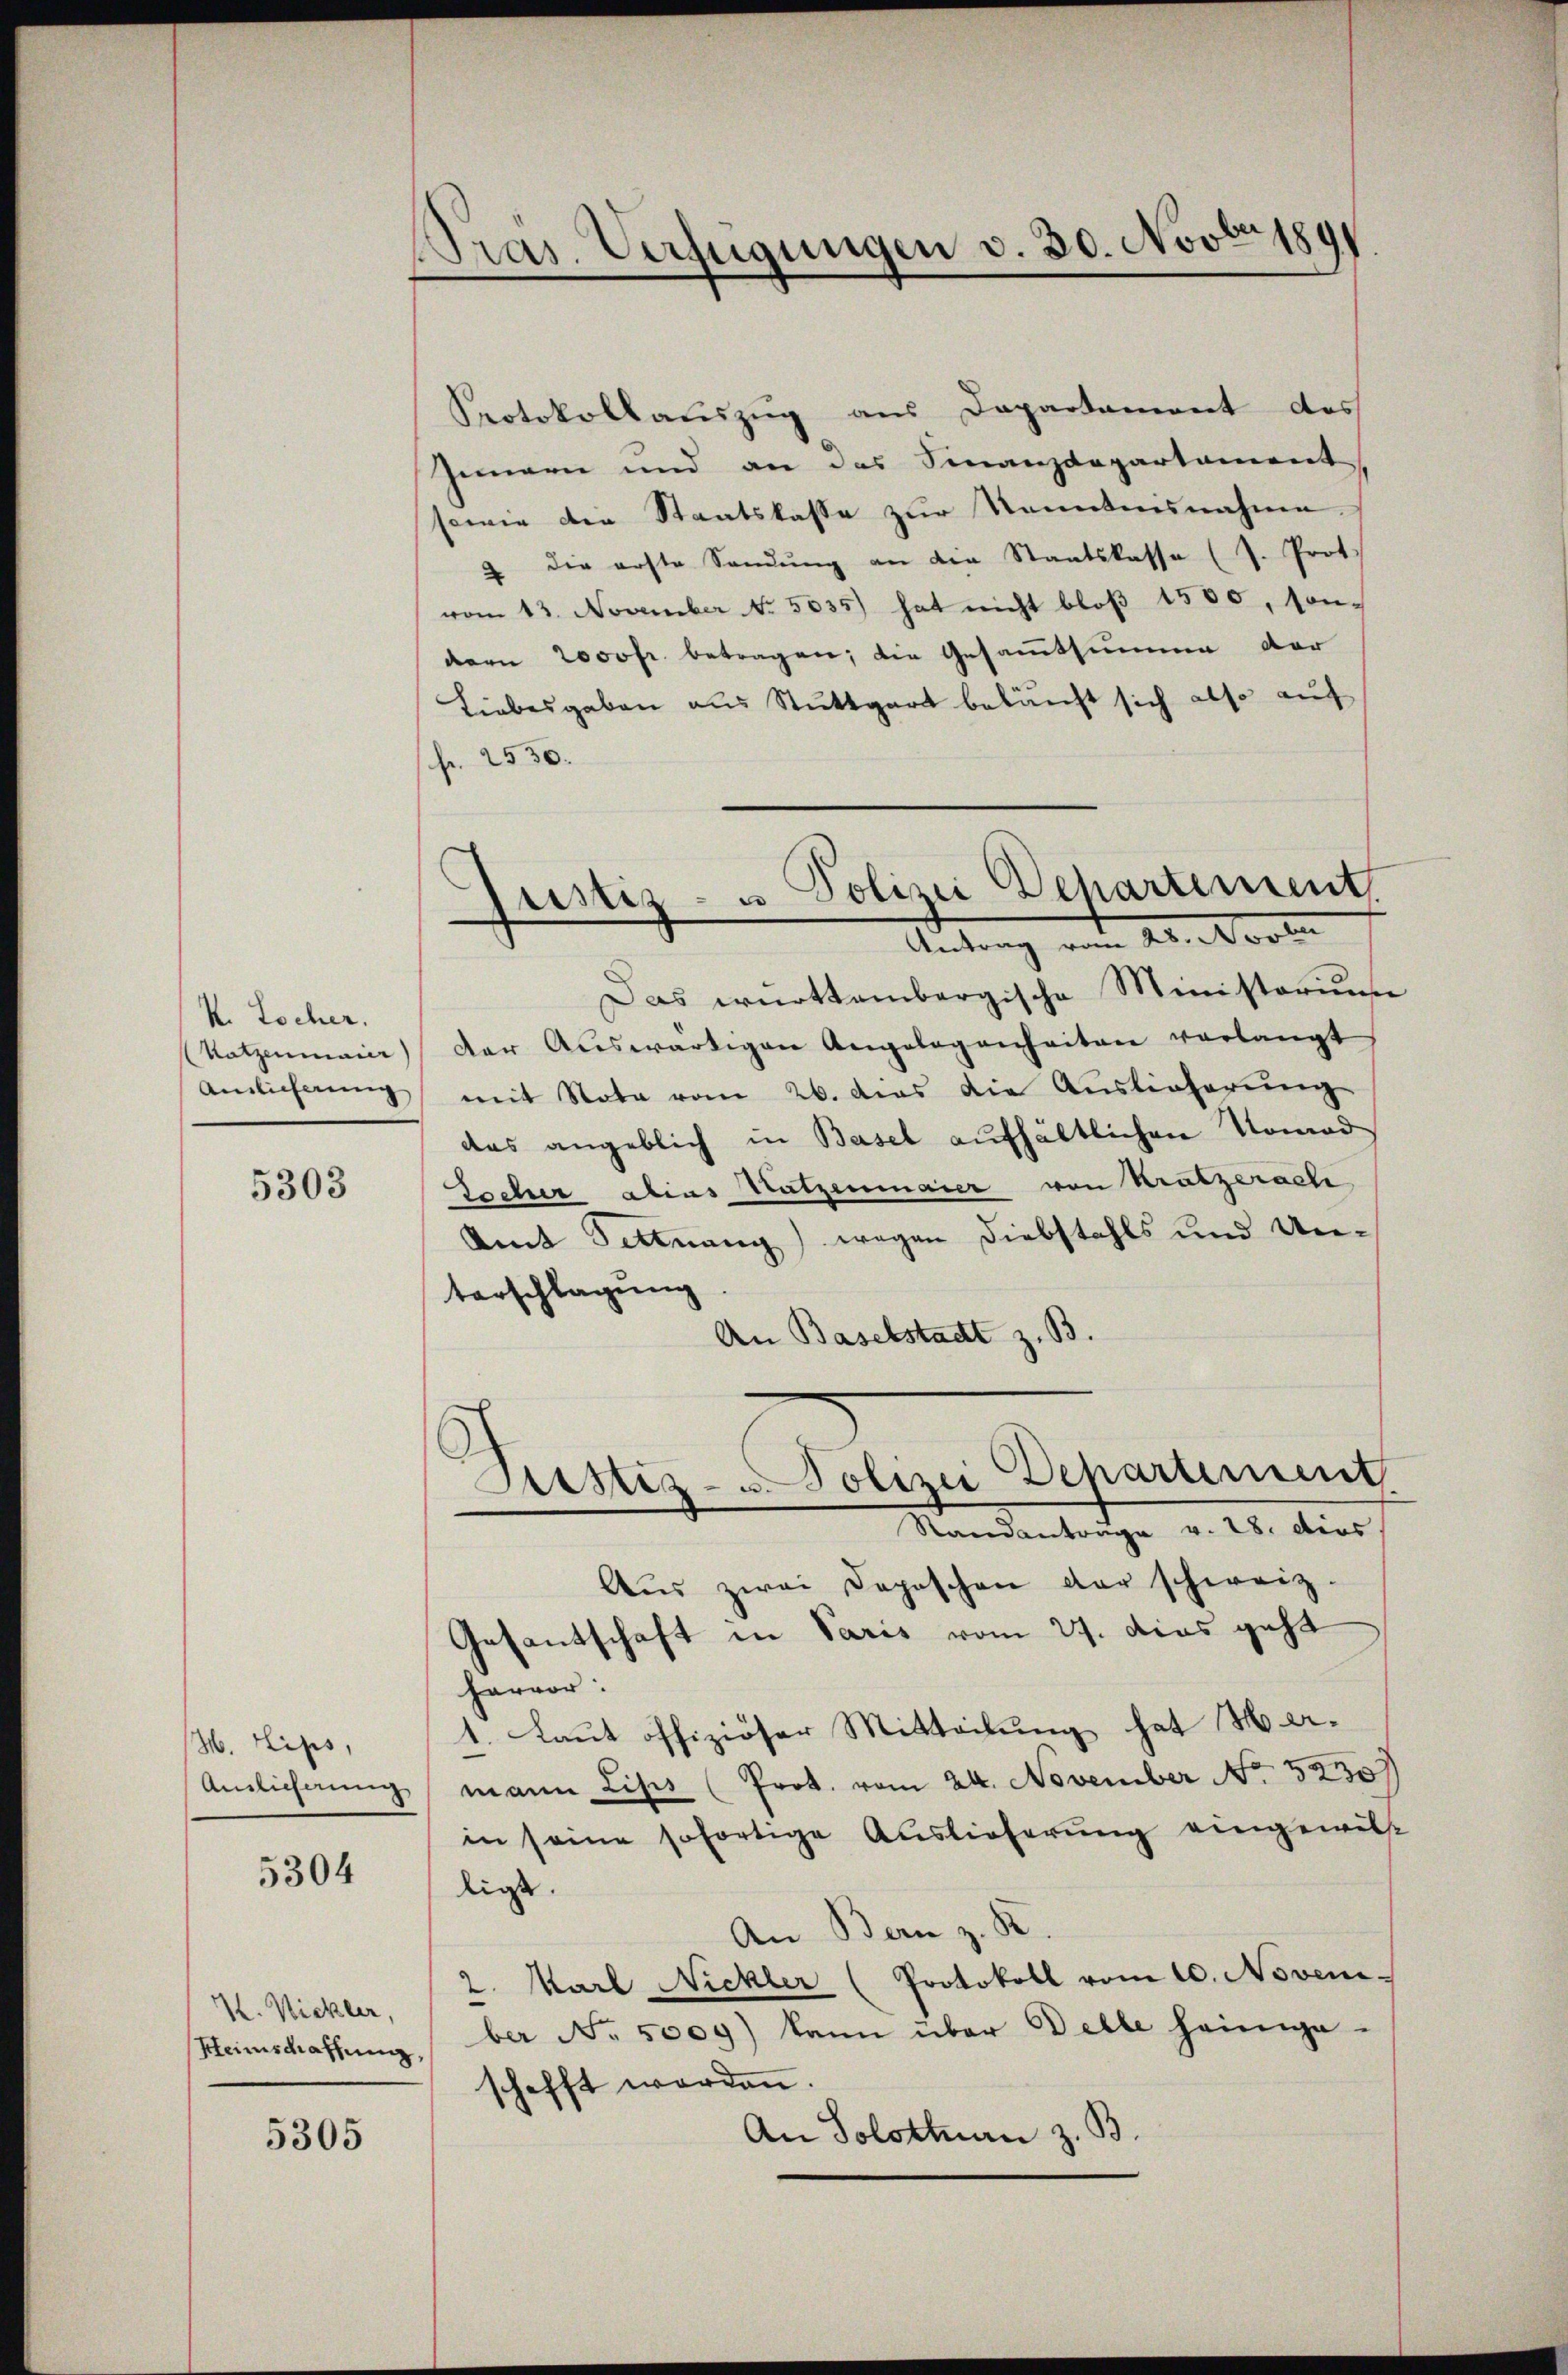
K. Locher.
Katzenmaier)
Amlicherung

5303

H. Lips,
Amlicherung

5304

K. Nickler,

5305

PPras. Verfügungen v. 30. Novbr. 1891

Protokollauszug aus Departament des
Innern und an das Finanzdepartament
sowie der Staatskasse zur Kenntnisnahme
2 die erste Sandŭng an die Staatskasse (J. Prot.
vom 13. November No. 5035) hat nicht bloß 1500, son-
dern 2000fr. betragen; die Gesamtsumme der
Liebesgaben aus Stuttgart beläuft sich also auf
fr. 2530.
Das württembergische Ministorium
der Aŭswärtigen Angelegenheiten verlangt
mit Note vom 26. das die Auslieferung
das angeblich in Basel aufhältlichen Nomad
Tscher alias Nutzenmaier von Kratzerach
Amt Sittnang) wegen Diebstahls und Unterschlagung
An Baselstadt z. B.
ustiz- u. Polizei Departement
Standantrage v. 28. dies
Aus zwei Depeschen der schweiz.
Gesantschaft in Paris vom 24. das geht
hervor:
1. Laut offiziöser Mitteilung hat H. e.
mann Lips (Prot. vom 24. November No 52307
in seine sofortige Auslieferung eingewilligt.
An Bern z. B.
2. Karl Nickler (Protokoll vom 10. Noven.
Heimschaffŭng ber No. 5009) kann über Delle heinige-
schafft werden.
An Solottan z. B.

Justiz- u. Polizei Departement
Antrag von 20. Novbr